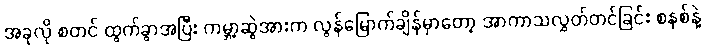
အခုလို စတင် ထွက်ခွာအပြီး ကမ္ဘာ့ဆွဲအားက လွန်မြောက်ချိန်မှာတော့ အာကာသလွှတ်တင်ခြင်း စနစ်နဲ့